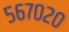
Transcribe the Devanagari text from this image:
५६७०२०